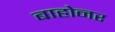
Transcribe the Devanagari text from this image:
बाहोनर